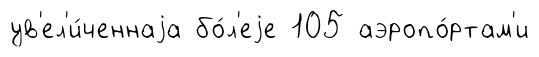
ув'ел'и́ченнаjа бо́л'еjе 105 аэропо́ртам'и